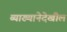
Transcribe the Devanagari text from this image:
व्याख्यानेदेखील